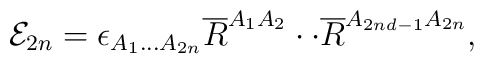
{\cal E}_{2n}=\epsilon _{A_{1}...A_{2n}}\overline{R}^{A_{1}A_{2}}\cdot \cdot \overline{R}^{A_{2nd-1}A_{2n}},